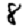
Digit: 8